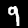
Digit: 9